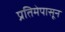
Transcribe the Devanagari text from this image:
प्रतिमेपासून